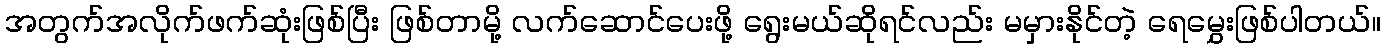
အတွက်အလိုက်ဖက်ဆုံးဖြစ်ပြီး ဖြစ်တာမို့ လက်ဆောင်ပေးဖို့ ရွေးမယ်ဆိုရင်လည်း မမှားနိုင်တဲ့ ရေမွှေးဖြစ်ပါတယ်။